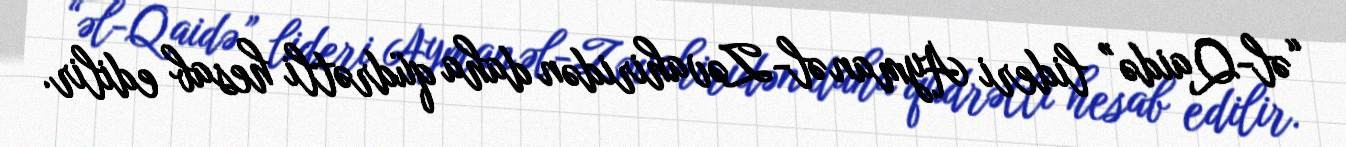
“əl-Qaidə” lideri Ayman əl-Zəvahiridən daha qüdrətli hesab edilir.